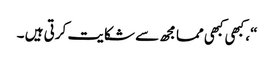
“، کبھی کبھی مما مجھ سے شکایت کرتی ہیں ۔